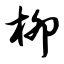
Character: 柳